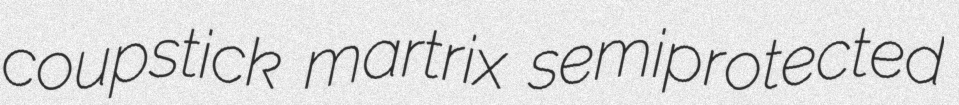
coupstick martrix semiprotected